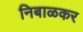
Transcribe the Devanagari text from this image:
निबाळकर